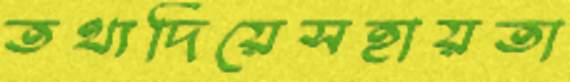
তথ্যদিয়েসহায়তা